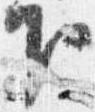
下